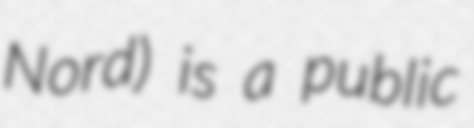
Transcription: Nord) is a public